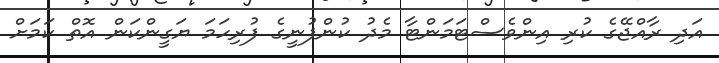
އަދި ރާއްޖޭގެ ކުރި އިންވެސްޓަމަންޓާ މެދު ކުންފުނީގެ ފުރިހަމަ ޔަގީންކަން އޮތް ކަމަށް